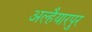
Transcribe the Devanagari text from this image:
अल्हैयारपुर